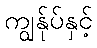
ကျွန်ုပ်နှင့်